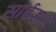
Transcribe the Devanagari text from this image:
साईप्रसाद